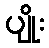
ပျိုး